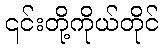
၎င်းတို့ကိုယ်တိုင်